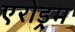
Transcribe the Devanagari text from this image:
एरोड्रम